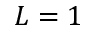
L = 1